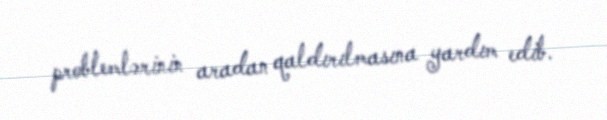
problemlərinin aradan qaldırılmasına yardım edib.